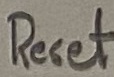
Text: Reset